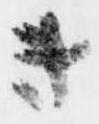
き